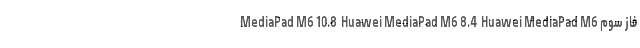
MediaPad M6 10.8  Huawei MediaPad M6 8.4  Huawei MediaPad M6 فاز سوم